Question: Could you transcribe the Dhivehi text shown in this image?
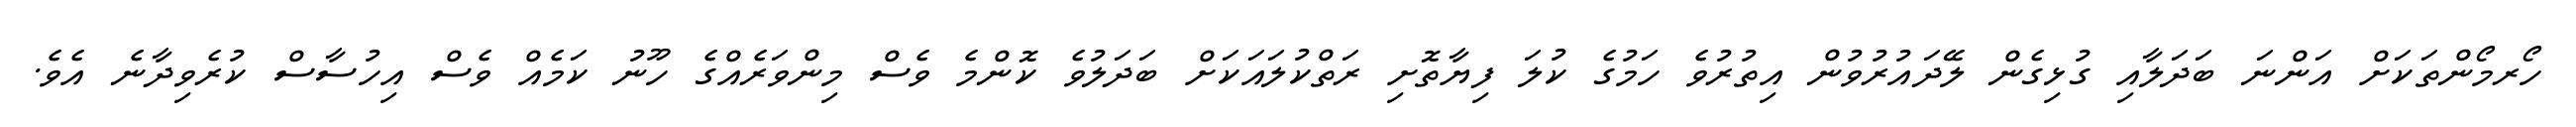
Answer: ހޯރމޯންތަކަށް އަންނަ ބަދަލާއި ގުޅިގެން ލޭދައުރުވުން އިތުރުވެ ހަމުގެ ކުލަ ފިޔާތޮށި ރަތްކުލައަކަށް ބަދަލުވެ ކޮންމެ ވެސް މިންވަރެއްގެ ހޫނު ކަމެއް ވެސް އިހުސާސް ކުރެވިދާނެ އެވެ.